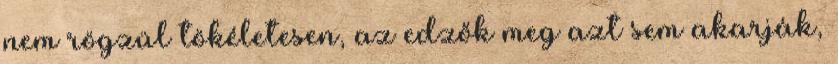
nem rögzül tökéletesen, az edzők meg azt sem akarják,